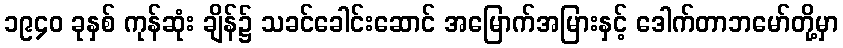
၁၉၄၀ ခုနှစ် ကုန်ဆုံး ချိန်၌ သခင်ခေါင်းဆောင် အမြောက်အမြားနှင့် ဒေါက်တာဘမော်တို့မှာ